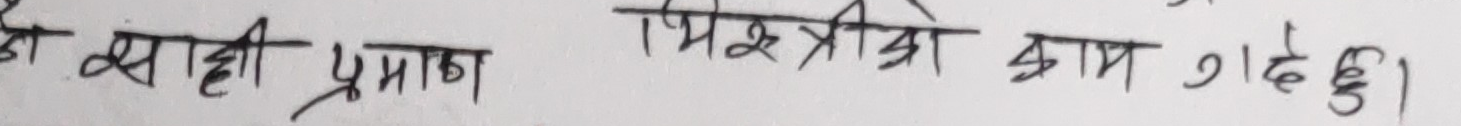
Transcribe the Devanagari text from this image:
यो सही प्रमाण मित्रको काम गरेछ।